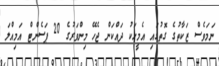
ނަމަވެސް ޒަކާތުގެ ގޮތުގައި އެމީހަކު ދައްކަން ޖެހޭ މިންވަރުގެ 20 ޕަސެންޓް އަމިއްލަ